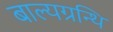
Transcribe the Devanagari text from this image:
बाल्यग्रन्थि